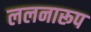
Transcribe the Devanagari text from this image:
ललनारूप